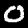
Digit: 0